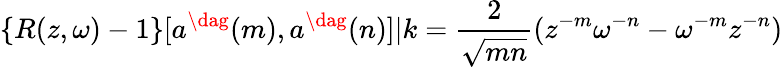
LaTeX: \{ R(z,\omega)-1\} [a^{\dag}(m),a^{\dag}(n)]|k=\frac{2}{\sqrt{mn}}(z^{-m}\omega^{-n}-\omega^{-m}z^{-n})